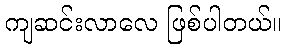
ကျဆင်းလာလေ ဖြစ်ပါတယ်။